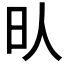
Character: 𣅁